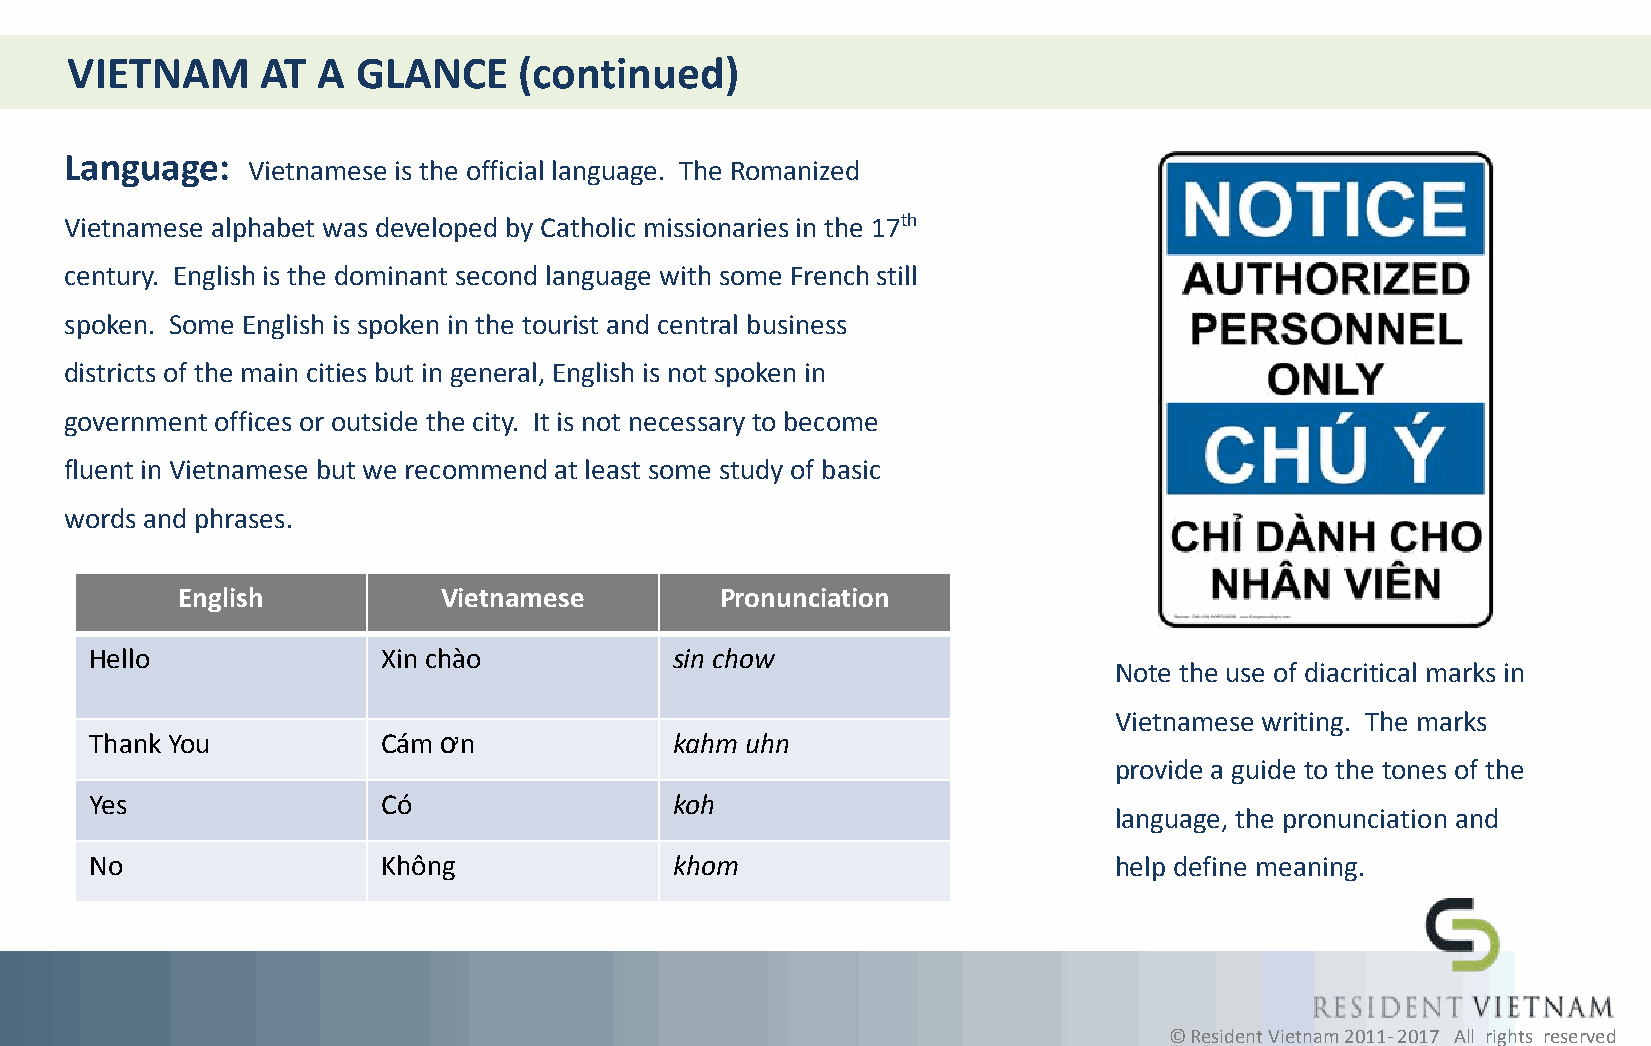
VIETNAM      AT  A  GLANCE    (continued)
 Language:
 Vietnamese is the official language. The Romanized
 Vietnamese alphabet was developed by Catholic missionaries in the 17th
 century. English is the dominant second language with some French still
 spoken. Some English is spoken in the tourist and central business
 districts of the main cities but in general, English is not spoken in
 government offices or outside the city. It is not necessary to become
 fluent in Vietnamese but we recommend at least some study of basic
 words and phrases.
 English          Vietnamese         Pronunciation
 Hello              Xin chào            sin chow
 Note the use of diacritical marks in
 Vietnamese writing. The marks
 Thank You          Cám ơn              kahm uhn
 provide a guide to the tones of the
 Yes                Có                  koh
 language, the pronunciation and
 No                 Không               khom                         help define meaning.
 © Resident Vietnam 2011- 2017 All rights reserved